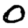
Digit: 0